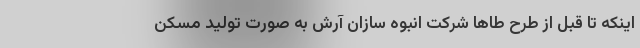
اینکه تا قبل از طرح طاها شرکت انبوه سازان آرش به صورت تولید مسکن